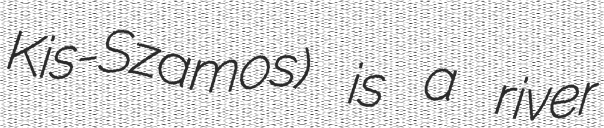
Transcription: Kis-Szamos) is a river